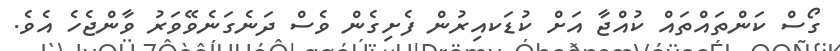
ގޯސް ކަންތައްތައް ކުއްޖާ އަށް ކުޑަކއިރުން ފެށިގެން ވެސް ދަނެގަނެވޭވަރު ވާންޖެހެ އެވެ.